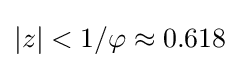
|z|<1/\varphi \approx 0.618